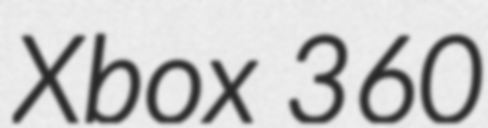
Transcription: Xbox 360